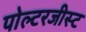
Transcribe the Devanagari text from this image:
पोल्टरजीस्ट